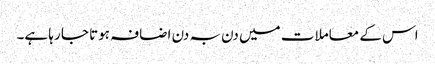
اس کے معاملات میں دن بہ دن اضافہ ہوتا جا رہا ہے۔